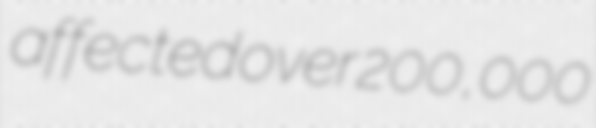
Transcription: affected over 200,000